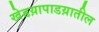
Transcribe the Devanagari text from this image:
खेडय़ापाडय़ातील